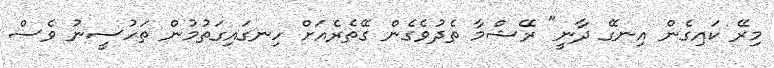
މިރޭ ކައިގެން އިނގޭ ދާނީ" ރޭޝްމާ ތެދުވެގެން ގޭތެރެއަށް ހިނގައިގަތުމުން ތަހުސީނު ވެސް